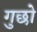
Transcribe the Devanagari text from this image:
गुछो